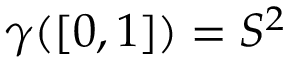
\gamma ( [ 0 , 1 ] ) = S ^ { 2 }